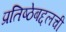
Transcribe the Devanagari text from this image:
प्रतिष्ठेबद्दलची